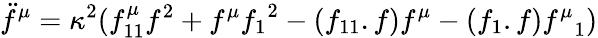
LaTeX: \ddot{f}^{\mu}=\kappa^{2}(f_{11}^{\mu}f^{2}+f^{\mu}{f_{1}}^{2}-(f_{11}.f)f^{\mu}-(f_{1}.f){f^{\mu}}_{1})